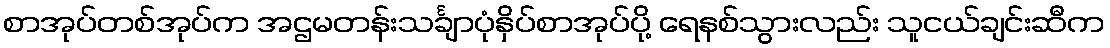
စာအုပ်တစ်အုပ်က အဌမတန်းသင်္ချာပုံနှိပ်စာအုပ်ပို့ ရေနစ်သွားလည်း သူငယ်ချင်းဆီက